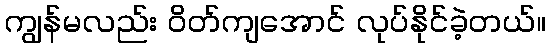
ကျွန်မလည်း ဝိတ်ကျအောင် လုပ်နိုင်ခဲ့တယ်။